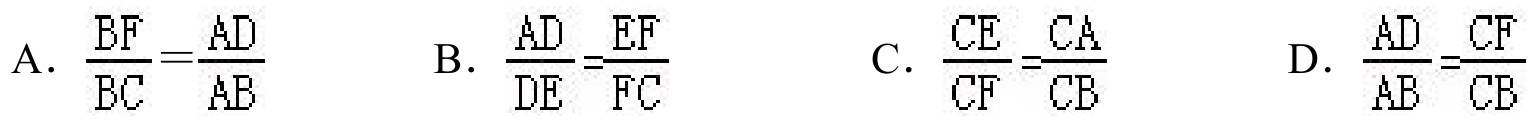
A. \(\frac{BF}{BC}=\frac{AD}{AB}\)  B. \(\frac{AD}{DE}=\frac{EF}{FC}\)  C. \(\frac{CE}{CF}=\frac{CA}{CB}\)  D. \(\frac{AD}{AB}=\frac{CF}{CB}\)